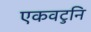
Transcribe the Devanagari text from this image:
एकवटुनि